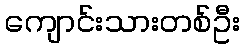
ကျောင်းသားတစ်ဦး